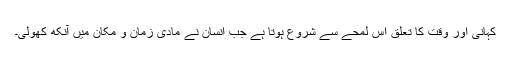
کہانی اور وقت کا تعلق اس لمحے سے شروع ہوتا ہے جب انسان نے مادی زمان و مکان میں آنکھ کھولی۔